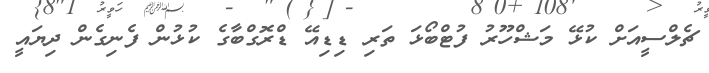
ޗެލްސީއަށް ކުޅޭ މަޝްހޫރު ފުޓްބޯޅަ ތަރި ޑިޑިއޭ ޑްރޮގްބާގެ ކުޅުން ފެނިގެން ދިޔައީ